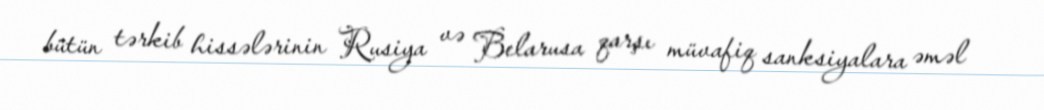
bütün tərkib hissələrinin Rusiya və Belarusa qarşı müvafiq sanksiyalara əməl